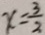
x = \frac { 3 } { 2 }